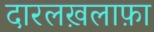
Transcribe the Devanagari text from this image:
दारलख़लाफ़ा